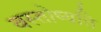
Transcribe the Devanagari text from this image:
वस्तोष्यति